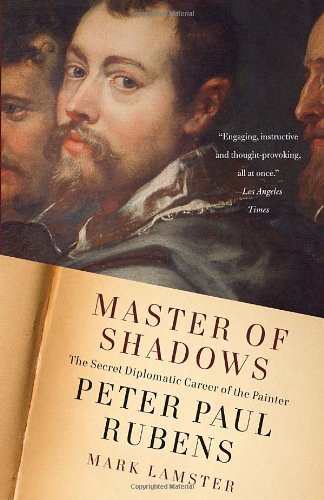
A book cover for Master of Shadows: The Secret Diplomatic Career of the Painter Peter Paul Rubens; Mark Lamster; History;